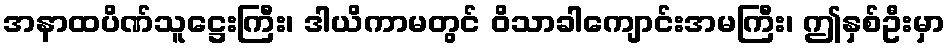
အနာထပိဏ်သူဋ္ဌေးကြီး၊ ဒါယိကာမတွင် ဝိသာခါကျောင်းအမကြီး၊ ဤနှစ်ဦးမှာ